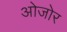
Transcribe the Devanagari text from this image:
ओजोर